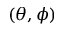
( \theta , \phi )